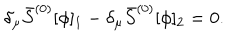
\delta _ { \mu } \bar { S } ^ { ( 0 ) } [ \phi ] _ { 1 } - \delta _ { \mu } \bar { S } ^ { ( 0 ) } [ \phi ] _ { 2 } = 0 .